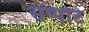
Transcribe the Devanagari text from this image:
सप्पोर्ट